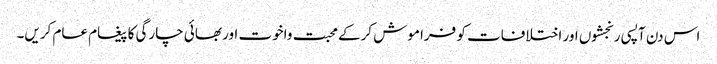
اس دن آپسی رنجشوں اور اختلافات کو فراموش کرکے محبت واخوت اور بھائی چارگی کا پیغام عام کریں۔